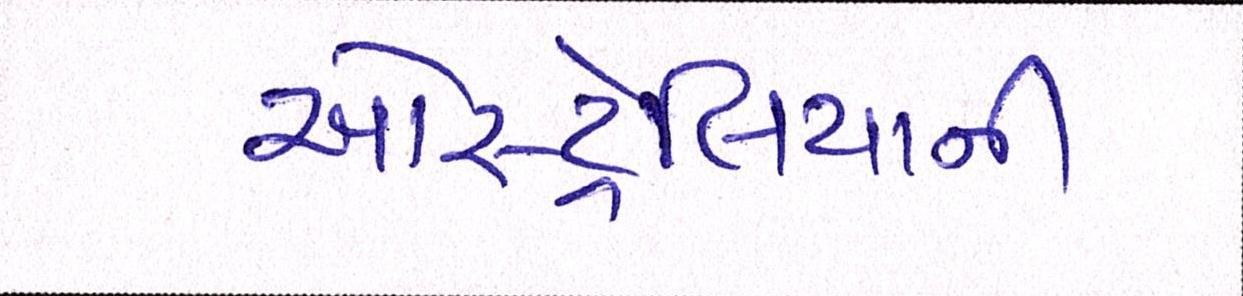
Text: ઓસ્ટ્રેલિયાની